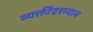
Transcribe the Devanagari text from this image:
व्यक्तींदरम्यान